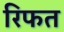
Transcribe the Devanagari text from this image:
रिफत